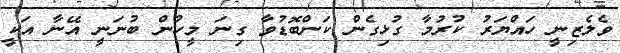
ވެލެޒިނީ ހައްޔަރު ކުރުމާ ގުޅިގެން ކަންބޮޑުވާ ގިނަ މީހުން ބުނަނީ އޭނާ އަކީ